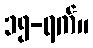
၁၅-ရက်။